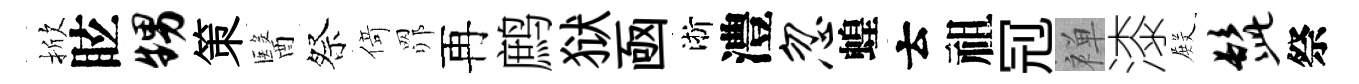
掀眩甥策醫祭𠋣𦊑再鹧狱凾淅澧忽蝗云祖𠜍禅漆𭮺髭祭